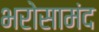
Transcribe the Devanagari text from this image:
भरोसामंद